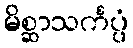
မိစ္ဆာသင်္ကပ္ပံ